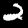
Label: 2